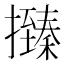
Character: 𢸩